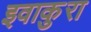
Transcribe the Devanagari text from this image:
इवाकुरा